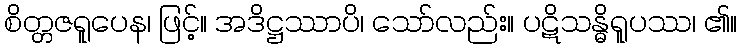
စိတ္တဇရူပေန၊ ဖြင့်။ အဒိဋ္ဌဿာပိ၊ သော်လည်း။ ပဋိသန္ဓိရူပဿ၊ ၏။